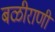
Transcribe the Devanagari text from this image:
बळीराणी